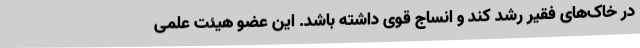
در خاک‌های فقیر رشد کند و انساج قوی داشته باشد. این عضو هیئت علمی